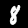
Digit: 8